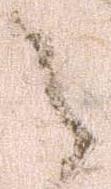
之